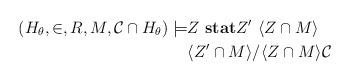
LaTeX: \begin{align*}(H_\theta,\in, R,M, \mathcal{C} \cap H_\theta) \models & Z \ \textbf{stat} Z' \ \langle Z \cap M \rangle \\& \langle Z' \cap M \rangle / \langle Z \cap M \rangle \mathcal{C} \end{align*}